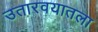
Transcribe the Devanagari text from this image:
उतारवयातला